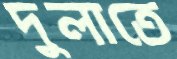
দুলাতে